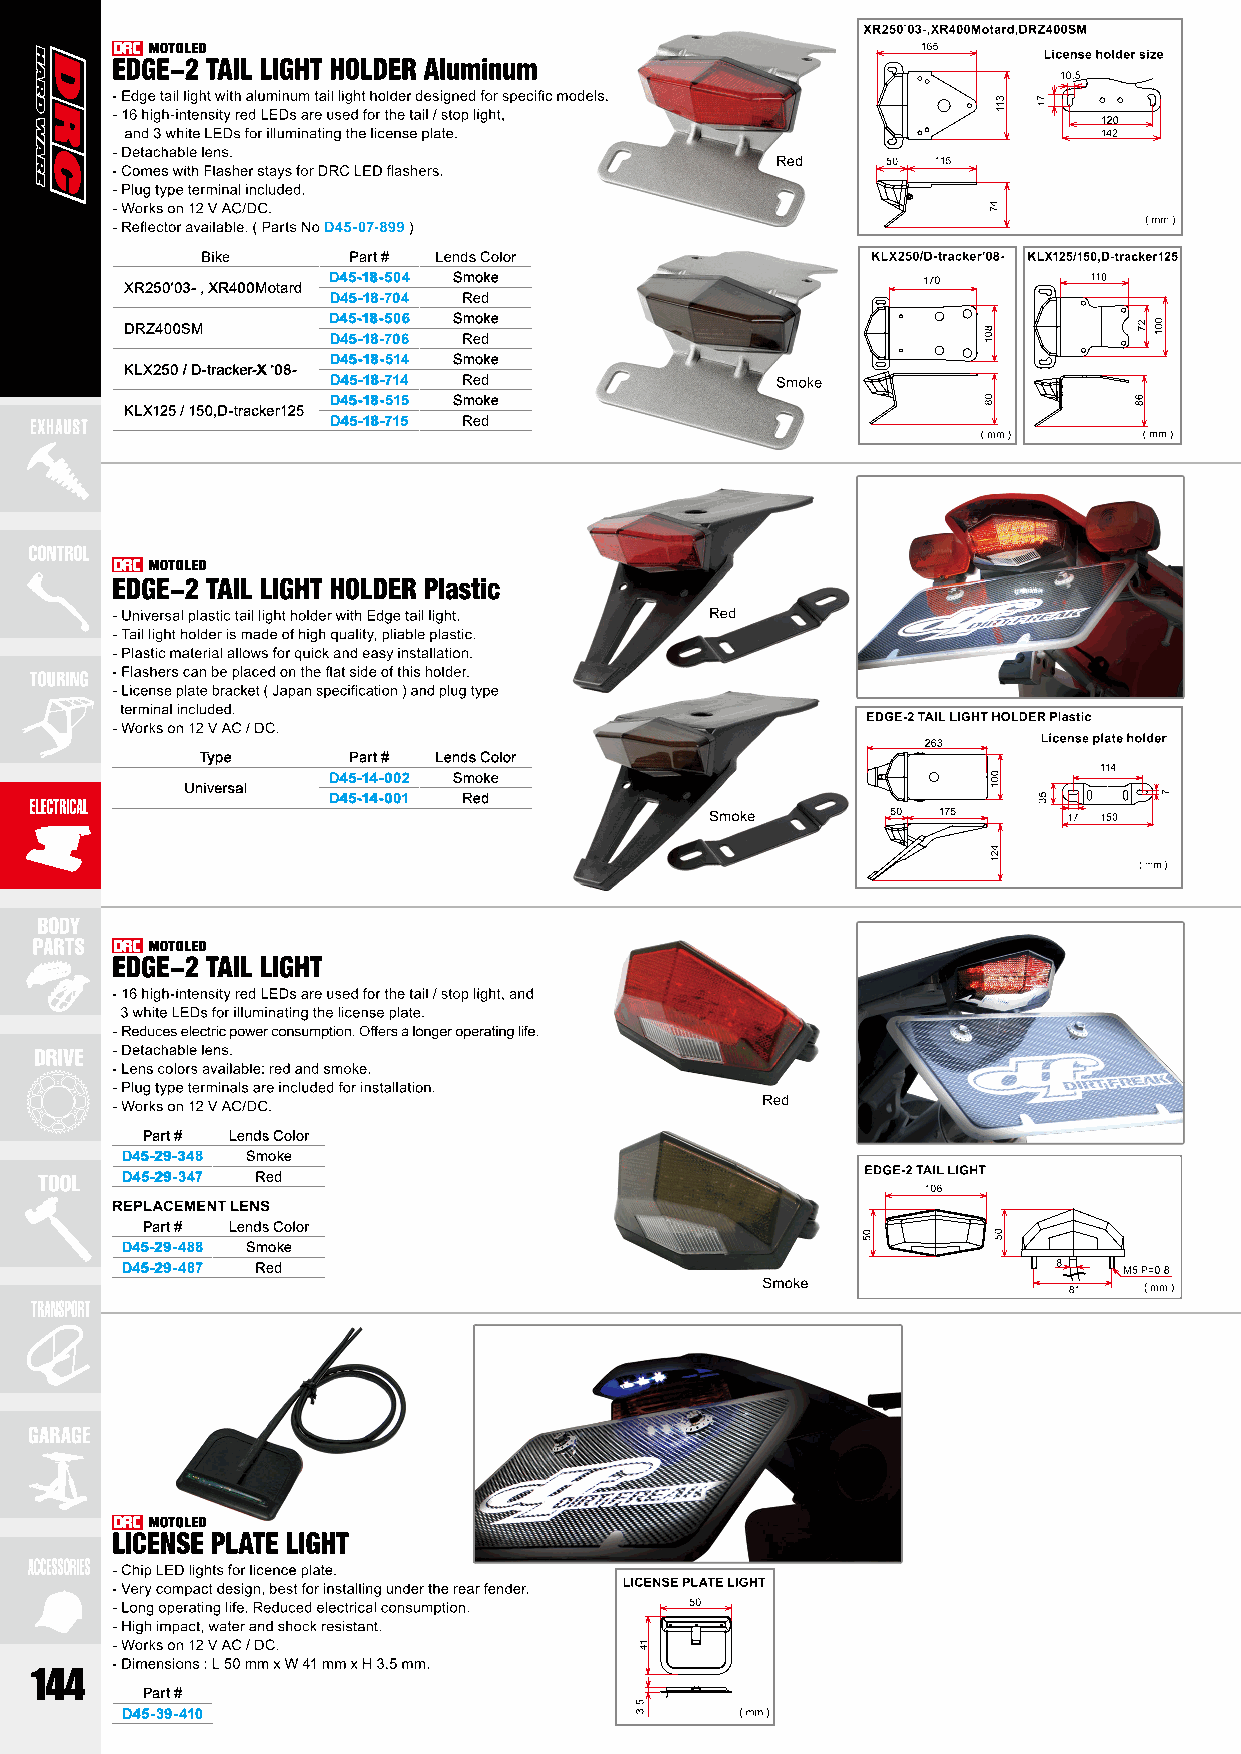
Bike      Part # Lends Color
 D45-18-504 Smoke
 XR250’03- , XR400Motard
 D45-18-704 Red
 D45-18-506 Smoke
 DRZ400SM
 D45-18-706 Red
 D45-18-514 Smoke
 KLX250 / D-tracker-X ‘08-
 D45-18-714 Red
 D45-18-515 Smoke
 KLX125 / 150,D-tracker125
 D45-18-715 Red
 Type      Part # Lends Color
 D45-14-002 Smoke
 Universal
 D45-14-001 Red
 Part # Lends Color
 D45-29-348 Smoke
 D45-29-347 Red
 Part # Lends Color
 D45-29-488 Smoke
 D45-29-487 Red
 Part #
 D45-39-410